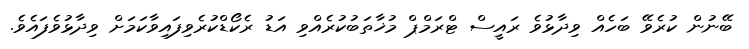
ބޭނުން ކުރެވޭ ބަހެއް ވިދާޅުވެ ރައީސް ޓްރަމްޕް މުޚާތަބުކުރެެއްވި އަޑު ރެކޯޑްކުރެވިފައިވާކަމަށް ވިދާޅުވެފައެވެ.